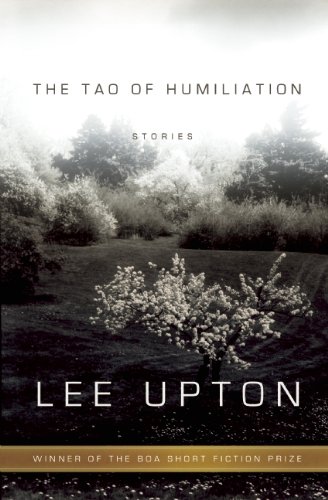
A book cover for The Tao of Humiliation (American Readers Series); Lee Upton; Literature & Fiction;